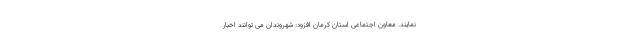
نمایند. معاون اجتماعی استان کرمان افزود: شهروندان می توانند اخبار